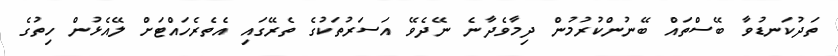
ތަދުކަނޑުވާ ބޭސްތައް ބޭނުންކުރުމުން ދިމާވެދާނެ ނޭދެވޭ އަސަރުތަކުގެ ތެރޭގައި އެތެރެހައްޓަށް ލޭއެޅުން ހިތުގެ